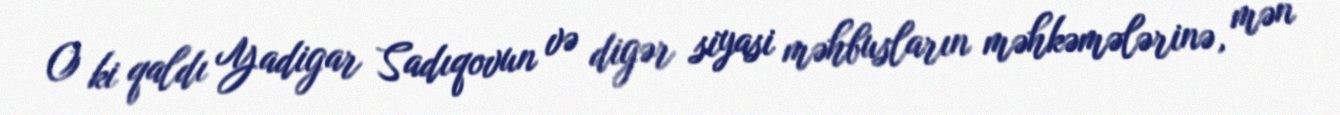
O ki qaldı Yadigar Sadıqovun və digər siyasi məhbusların məhkəmələrinə, mən